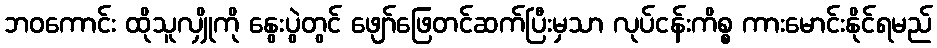
ဘဝကောင်း ထိုသူလျှိုကို နွေးပွဲတွင် ဖျော်ဖြေတင်ဆက်ပြီးမှသာ လုပ်ငန်းကိစ္စ ကားမောင်းနိုင်ရမည်